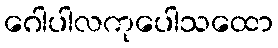
ဂေါပါလကုပေါသထော